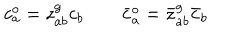
c _ { a } ^ { o } = z _ { a b } ^ { g } c _ { b } \qquad \bar { c } _ { a } ^ { o } = \bar { z } _ { a b } ^ { g } \bar { c } _ { b }